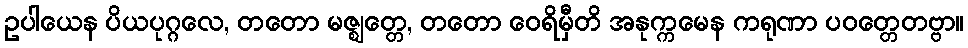
ဥပါယေန ပိယပုဂ္ဂလေ, တတော မဇ္ဈတ္တေ, တတော ဝေရိမှီတိ အနုက္ကမေန ကရုဏာ ပဝတ္တေတဗ္ဗာ။